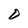
Character: D